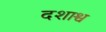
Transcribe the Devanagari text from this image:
दशाश्व